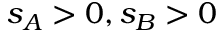
s _ { A } > 0 , s _ { B } > 0